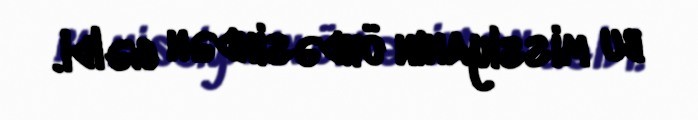
bu missiyanın öhdəsindən gəldi.